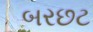
બરછટ